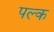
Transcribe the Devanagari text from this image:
पल्क